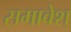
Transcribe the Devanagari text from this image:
समावेश्